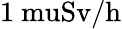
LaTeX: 1\mathrm{{\ mu}Sv/h}